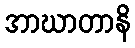
အာဃာတာနိ